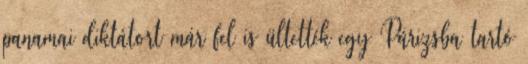
panamai diktátort már fel is ültették egy Párizsba tartó